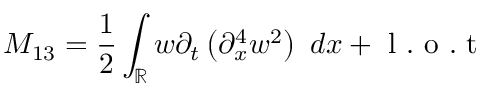
M _ { 1 3 } = \frac { 1 } { 2 } \int _ { \mathbb R } w \partial _ { t } \left( \partial _ { x } ^ { 4 } w ^ { 2 } \right) \ d x + \mathrm { ~ l ~ . ~ o ~ . ~ t ~ }